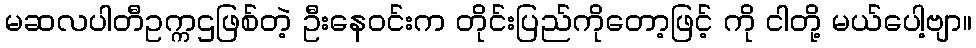
မဆလပါတီဥက္ကဌဖြစ်တဲ့ ဦးနေဝင်းက တိုင်းပြည်ကိုတော့ဖြင့် ကို ငါတို့ မယ်ပေါ့ဗျာ။